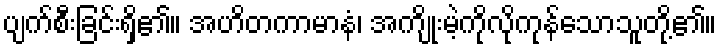
ပျက်စီးခြင်းရှိ၏။ အဟိတကာမာနံ၊ အကျိုးမဲ့ကိုလိုကုန်သောသူတို့၏။